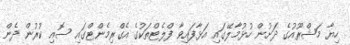
ހިޔާ މަޝްރޫއުގެ ދަށުން ހުޅުމާލޭގައި އަޅާފައިވާ ފްލެޓްތަކުގެ އެގްރިމެންޓްގައި ސޮއި ކުރުން ދެން